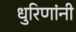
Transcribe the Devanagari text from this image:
धुरिणांनी